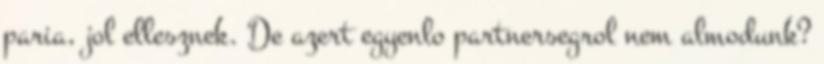
paria, jol ellesznek. De azert egyenlo partnersegrol nem almodunk?